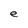
Character: e